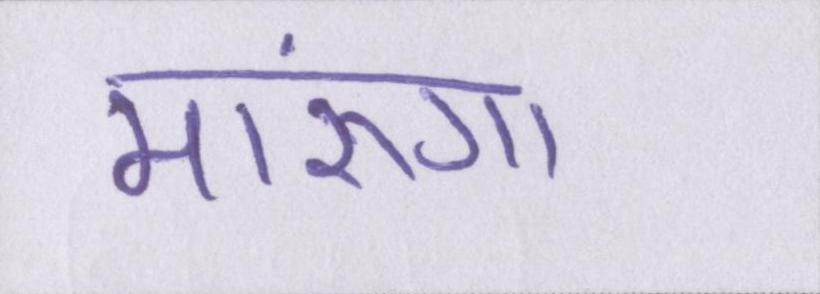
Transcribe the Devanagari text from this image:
मारूंगा